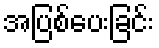
အပြစ်ပေးခြင်း